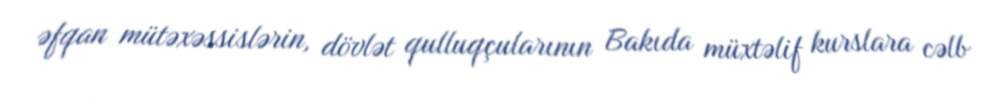
əfqan mütəxəssislərin, dövlət qulluqçularının Bakıda müxtəlif kurslara cəlb